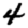
Digit: 4